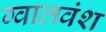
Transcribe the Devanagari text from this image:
ग्वालवंश